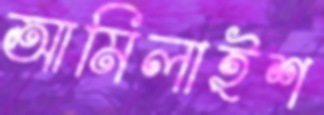
আমিলাইশ